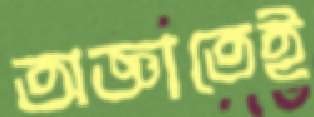
অজ্ঞাতেই